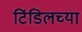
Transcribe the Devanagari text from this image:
टिंडिलच्या